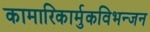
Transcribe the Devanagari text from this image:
कामारिकार्मुकविभन्जन